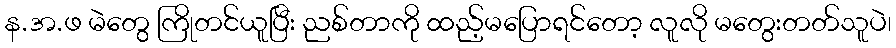
န.အ.ဖ မဲတွေ ကြိုတင်ယူပြီး ညစ်တာကို ထည့်မပြောရင်တော့ လူလို မတွေးတတ်သူပဲ၊